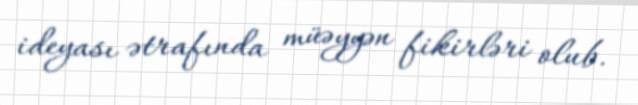
ideyası ətrafında müəyyən fikirləri olub.